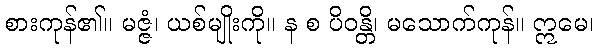
စားကုန်၏။ မဇ္ဇံ၊ ယစ်မျိုးကို။ န စ ပိဝန္တိ၊ မသောက်ကုန်။ ဣမေ၊